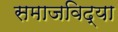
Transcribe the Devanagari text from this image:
समाजविद्या